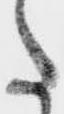
た